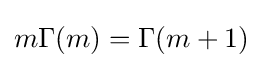
m\Gamma (m)=\Gamma (m+1)